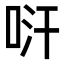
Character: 𠱢